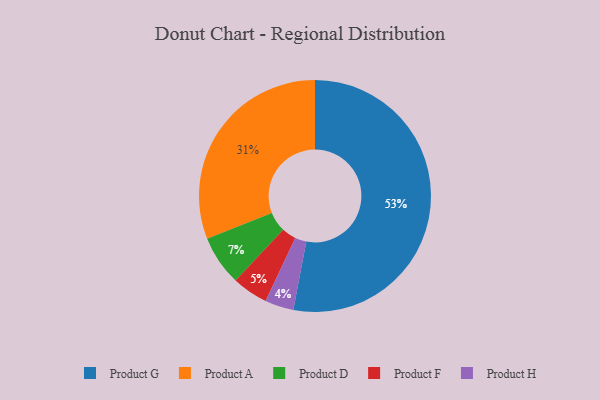
{"axis": {"x": "Category", "y": "Percentage"}, "legend": ["Product A", "Product D", "Product F", "Product G", "Product H"], "data": [{"x": "Product G", "y": 53, "type": "Product G"}, {"x": "Product H", "y": 4, "type": "Product H"}, {"x": "Product A", "y": 31, "type": "Product A"}, {"x": "Product D", "y": 7, "type": "Product D"}, {"x": "Product F", "y": 5, "type": "Product F"}]}